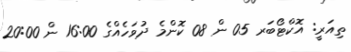
ތިއަރީ: އޮކްޓޯބަރ 05 ން 08 ކޮންމެ ދުވަހެއްގެ 16:00 ން 20:00